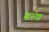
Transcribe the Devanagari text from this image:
ख़रोश